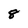
Character: 8